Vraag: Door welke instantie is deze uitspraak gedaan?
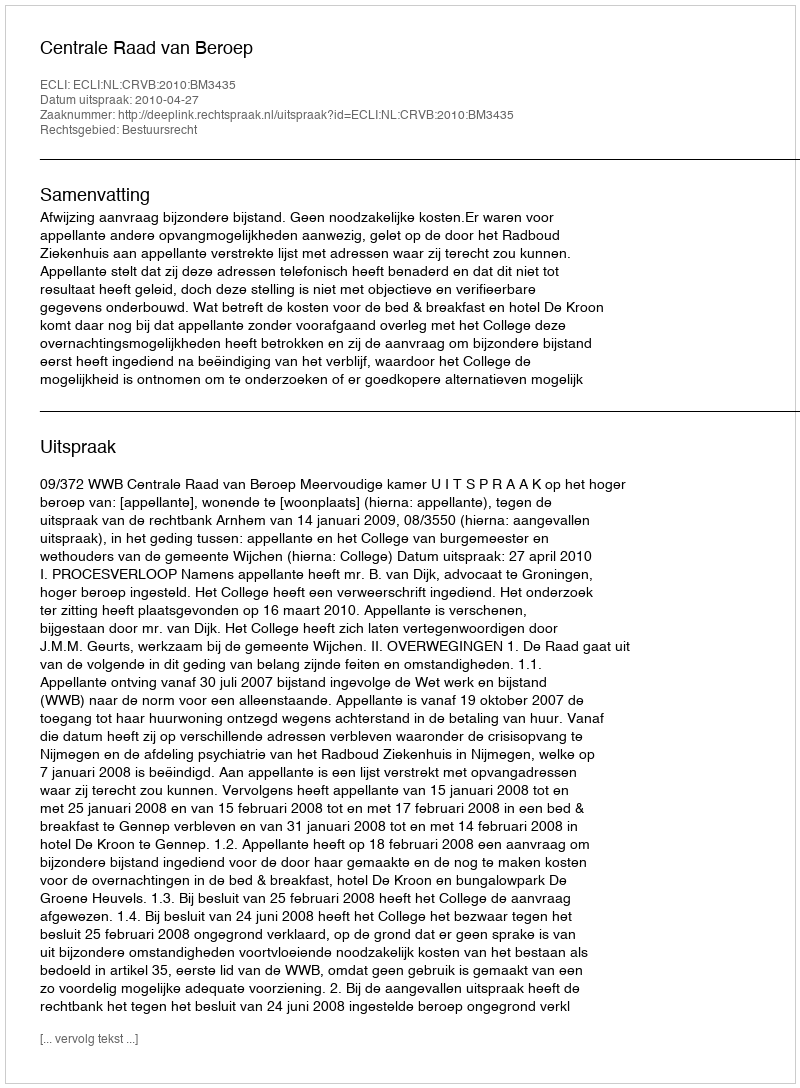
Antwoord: Centrale Raad van Beroep